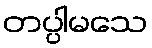
တပ္ပါမသေ